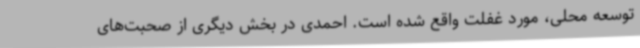
توسعه محلی، مورد غفلت واقع شده است. احمدی در بخش دیگری از صحبت‌های